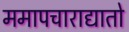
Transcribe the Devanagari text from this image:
ममापचाराद्यातो